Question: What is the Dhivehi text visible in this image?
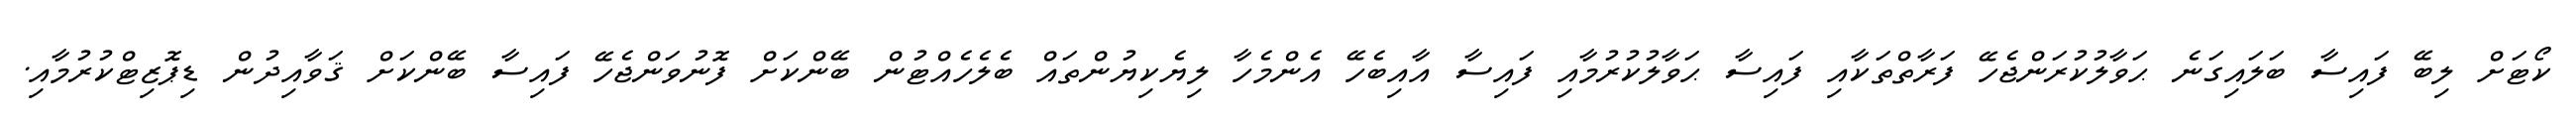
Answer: ކޯޓަށް ލިބޭ ފައިސާ ބަލައިގަނެ ޙަވާލުކުރަންޖެހޭ ފަރާތްތަކާއި ފައިސާ ޙަވާލުކުރުމާއި ފައިސާ އާއިބެހޭ އެންމެހާ ލިޔެކިޔުންތައް ބެލެހެއްޓުން ބޭންކަށް ފޮނުވަންޖެހޭ ފައިސާ ބޭންކަށް ޤަވާއިދުން ޑިޕޮޒިޓްކުރުމާއި.